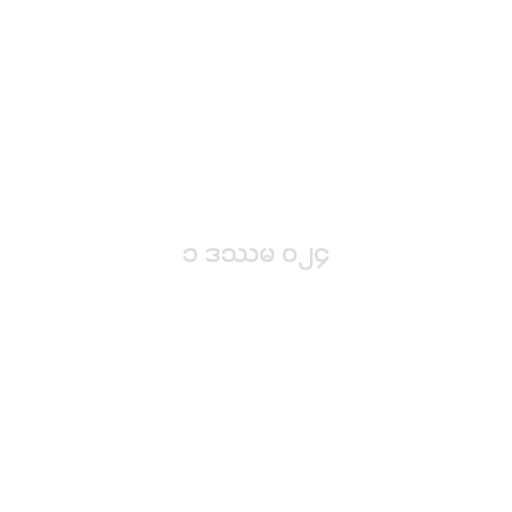
၁ ဒဿမ ၀၂၄